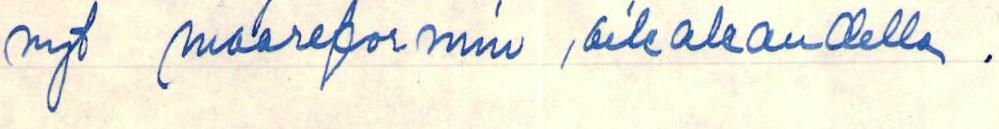
nyt maareformin ,aikakaudella .